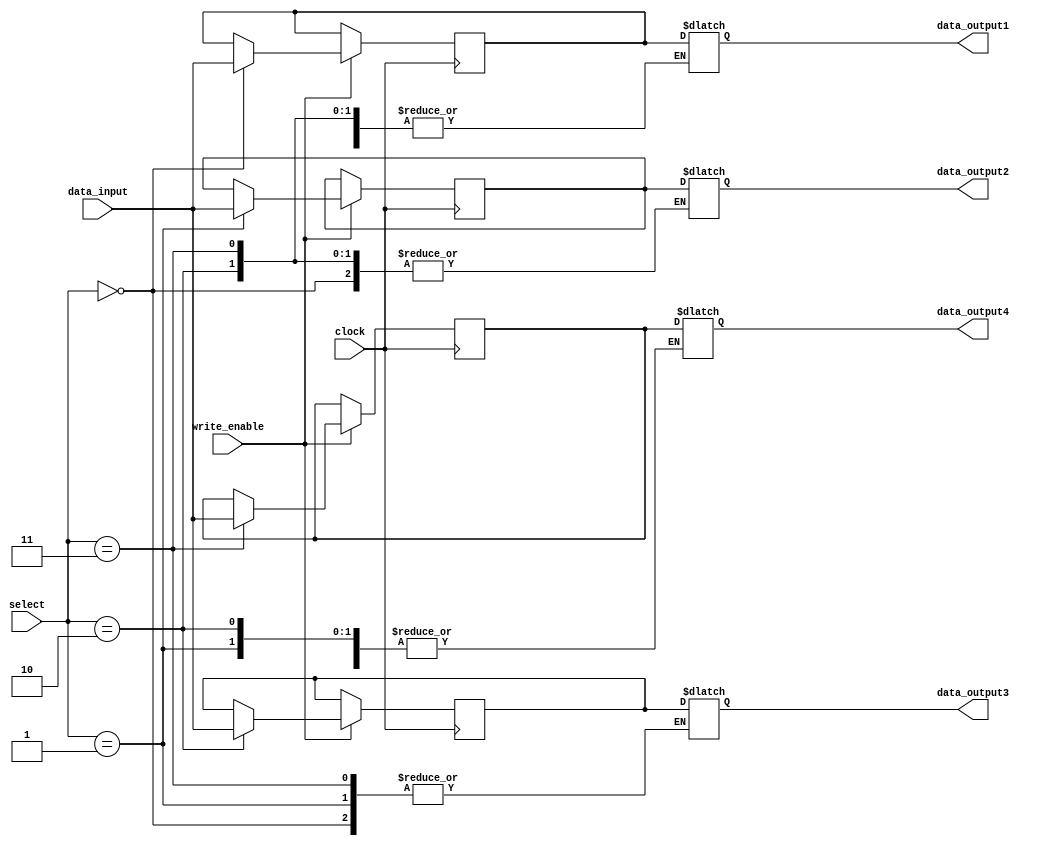
module register_file
(
    input [1:0] select,
    input [7:0] data_input,
    input write_enable,
    input clock,
    output reg [7:0] data_output1,
    output reg [7:0] data_output2,
    output reg [7:0] data_output3,
    output reg [7:0] data_output4
);

reg [7:0] reg1, reg2, reg3, reg4;

always @(posedge clock)
begin
    if(write_enable)
    begin
        case(select)
            2'b00: reg1 <= data_input;
            2'b01: reg2 <= data_input;
            2'b10: reg3 <= data_input;
            2'b11: reg4 <= data_input;
        endcase
    end
end

always @*
begin
    case(select)
        2'b00: data_output1 = reg1;
        2'b01: data_output2 = reg2;
        2'b10: data_output3 = reg3;
        2'b11: data_output4 = reg4;
    endcase
end

endmodule